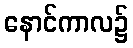
နောင်ကာလ၌